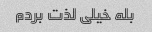
بله خیلی لذت بردم